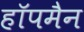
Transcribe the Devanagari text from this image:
हॉपमैन